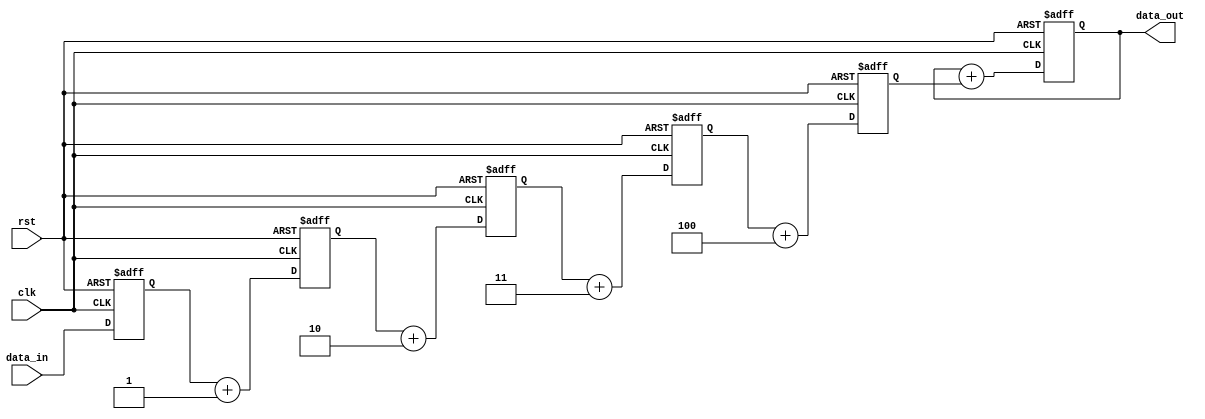
module Pipeline_accumulator (
input wire clk,
input wire rst,
input wire [DATA_WIDTH-1:0] data_in,
output reg [DATA_WIDTH-1:0] data_out
);

parameter NUM_BLOCKS = 5;
parameter DATA_WIDTH = 16;

reg [DATA_WIDTH-1:0] accumulator = 0;

// Instantiate arithmetic blocks
reg [DATA_WIDTH-1:0] block_outputs [0:NUM_BLOCKS-1];
genvar i;
generate
for(i = 0; i < NUM_BLOCKS; i = i + 1) begin: block_instance
always @ (posedge clk or negedge rst) begin
if (!rst) begin
block_outputs[i] <= 0;
end else begin
if (i == 0) begin
block_outputs[i] <= data_in;
end else begin
block_outputs[i] <= block_outputs[i-1] + i; // Perform addition
end
end
end
end
endgenerate

// Accumulate results from each arithmetic block
always @ (posedge clk or negedge rst) begin
if (!rst) begin
accumulator <= 0;
end else begin
accumulator <= accumulator + block_outputs[NUM_BLOCKS-1];
end
end

// Output final accumulated result
assign data_out = accumulator;

endmodule